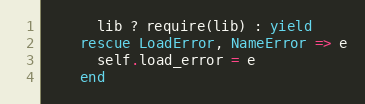
Language: Ruby
      lib ? require(lib) : yield
    rescue LoadError, NameError => e
      self.load_error = e
    end